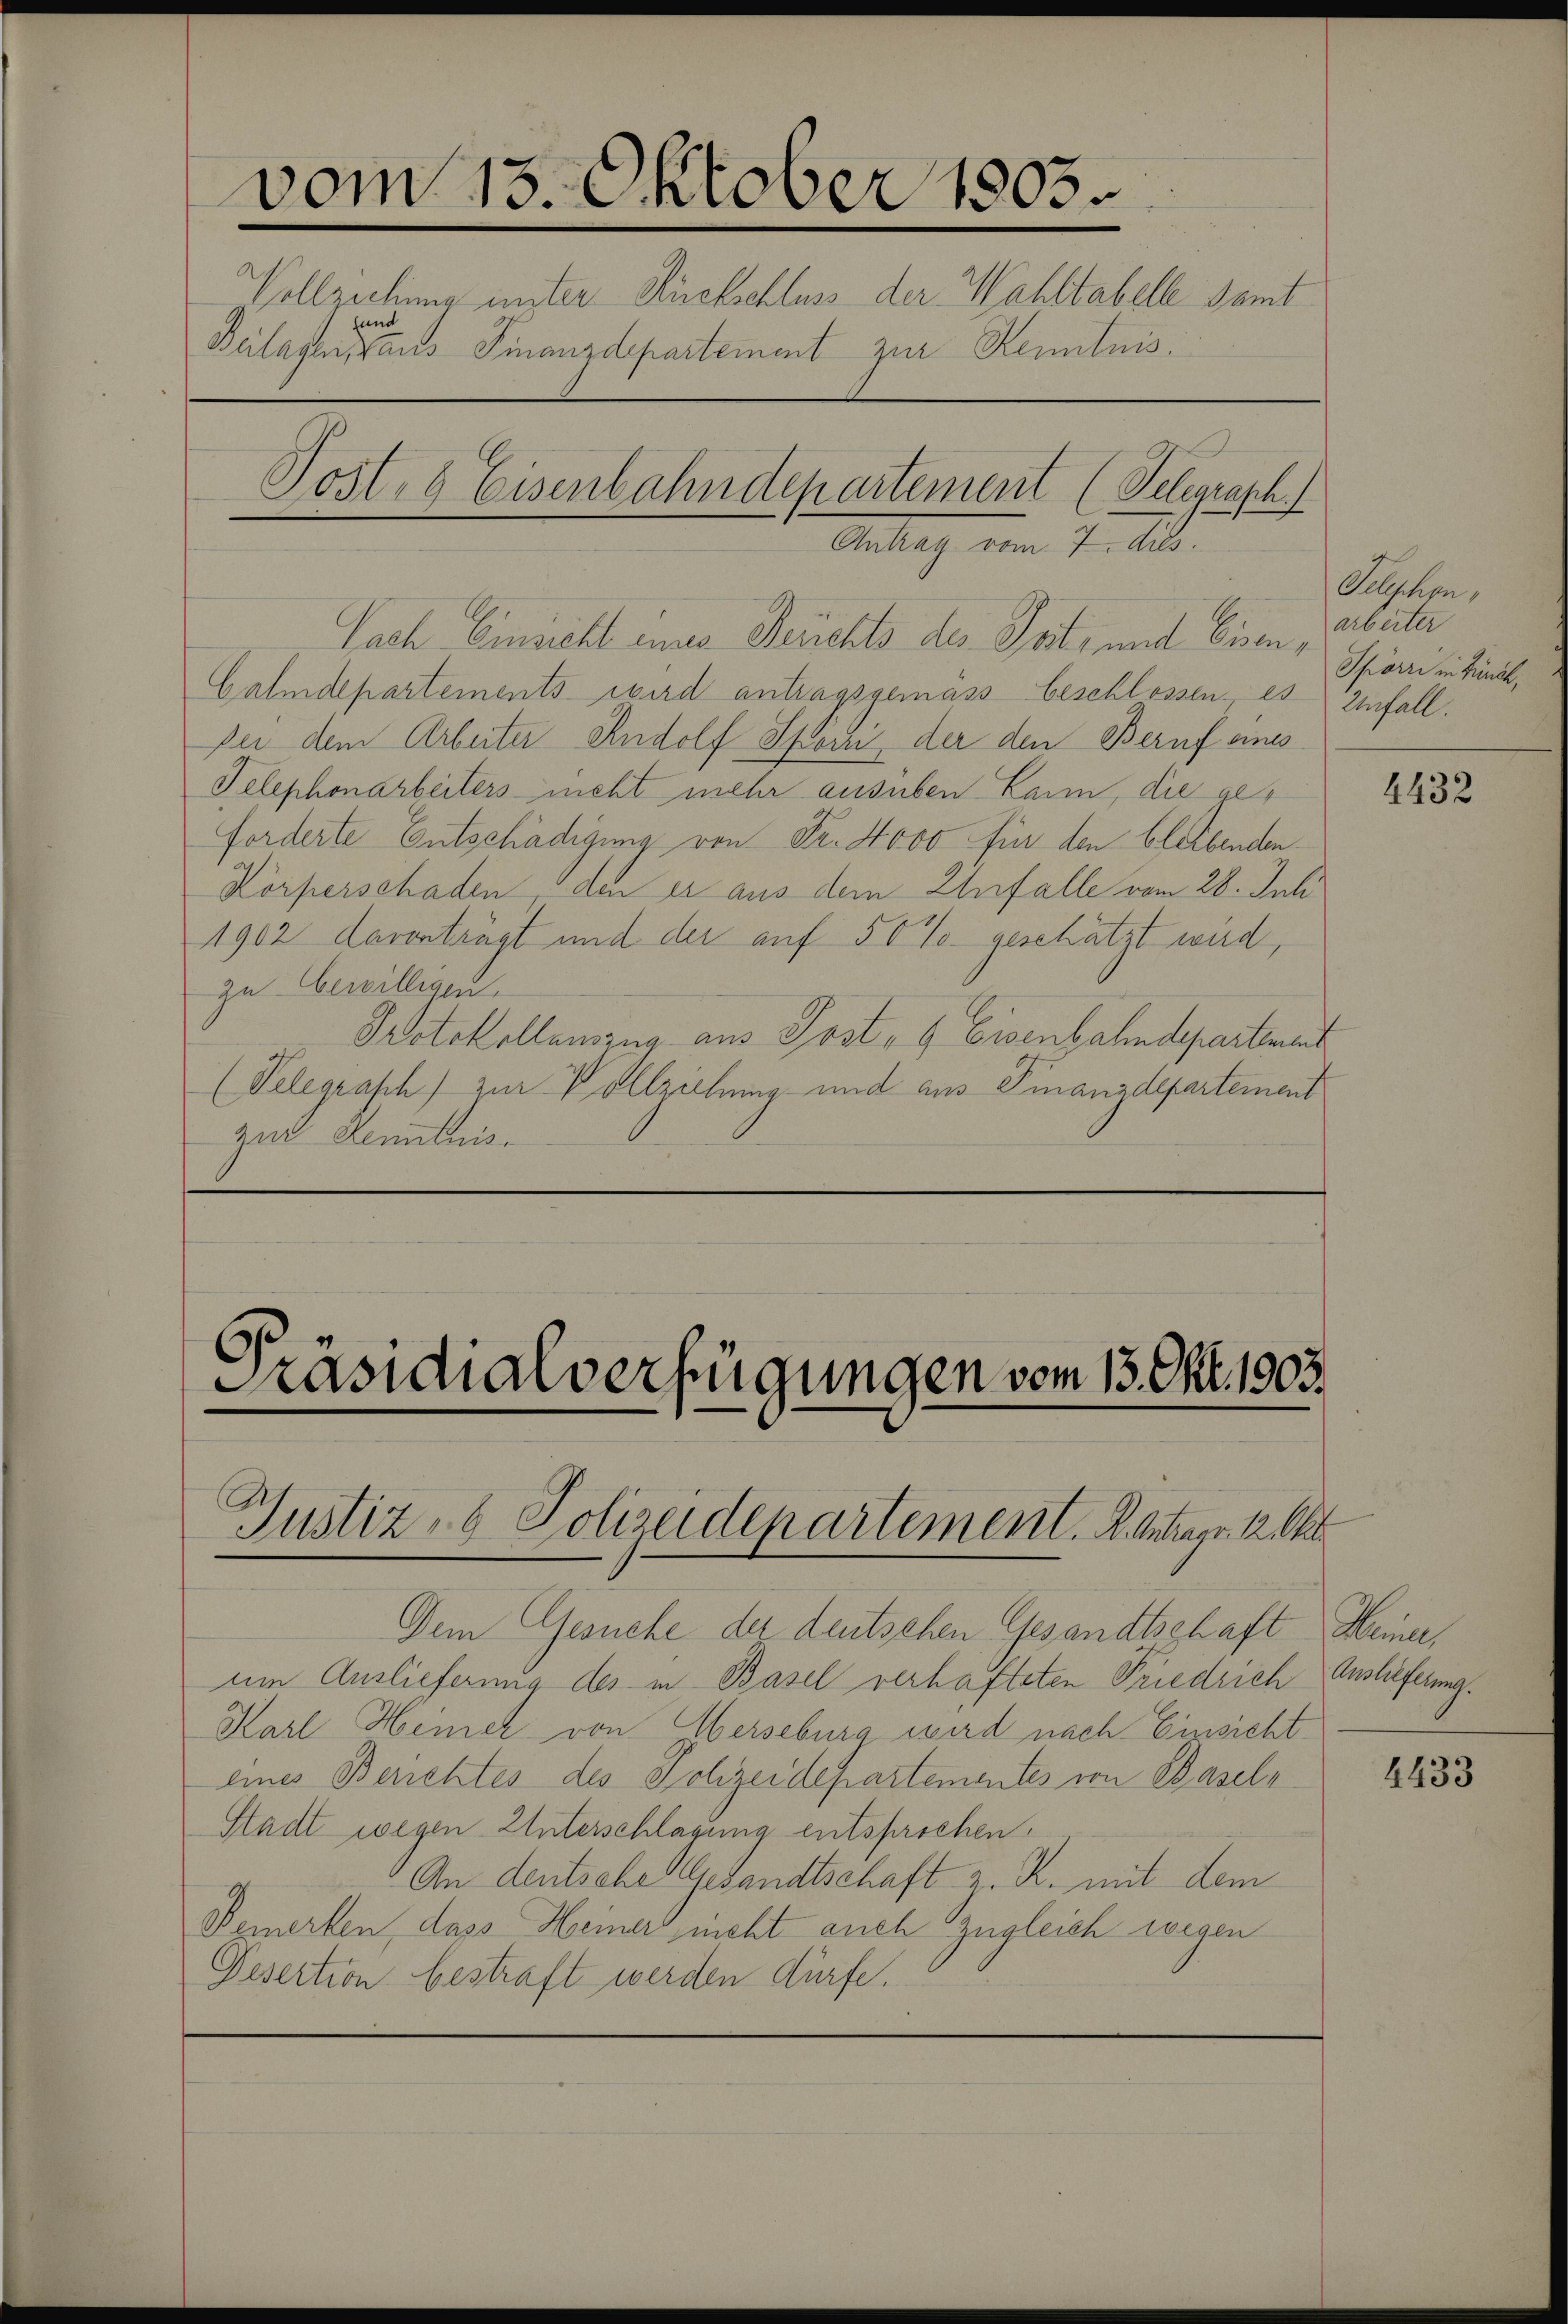
vom 15. Oktober 1803.
Vollziehung unter Rückschluss der Wahltabell samt
fund
Beilagensaus Finanzdepartement zur Kenntnis:
Post, 6 Eisenbahndepartement (Telegraph.)
Antlich vom 7. d.

Nach Einsicht ins Deuchts des Seits und Eisen, Abster
Galmdepartements wird antragsgemäss beschlossen, es einfall.
Der dem Arbeiter Rudolf Spörri, der den Beruf eines
Telephonarbeitersieht mehr ausüben kann, die ger
forderte Entschädigung von Fr. 4000 für den bleibenden
Körperschaden, den er aus dem Unfalle vom 28. Juli
1902 davonträgt und der auf 50% geschätzt wird,
zu bewilligen.
Protokollenszug aus Post- & Eisenbahndepartement
(Telegraph) zur Vollziehung und aus Finanzdepartement
zur Kenntnis.

Präsidialverfügungen vom 13. Okt. 1903.

Justiz- & Polizeidepartement. A. Antrags 12. Okt

Dem Gesuche der deutschen Gesandtschaft Heiner,
um Auslieferung des in Basel verhafteten Friedrich Auslieferung.
Karl Hemer von Oberseburg wird nach Einsicht
eines Berichtes des Schzeidepartementes von Basel¬
Stadt wegen Unterschlagung entsprochen.
An deutsche Gesandtschaft z. R. mit dem
Bemerken, dass Heiners nicht auch zugleich wegen
Desertion bestraft werden dürfe.

Sulphen,
Spörri in Zürch.

4432

2433